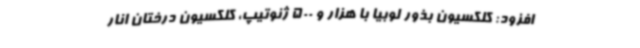
افزود: کلکسیون بذور لوبیا با هزار و 500 ژنوتیپ، کلکسیون درختان انار